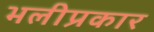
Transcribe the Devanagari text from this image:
भलीप्रकार